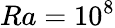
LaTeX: Ra=10^{8}